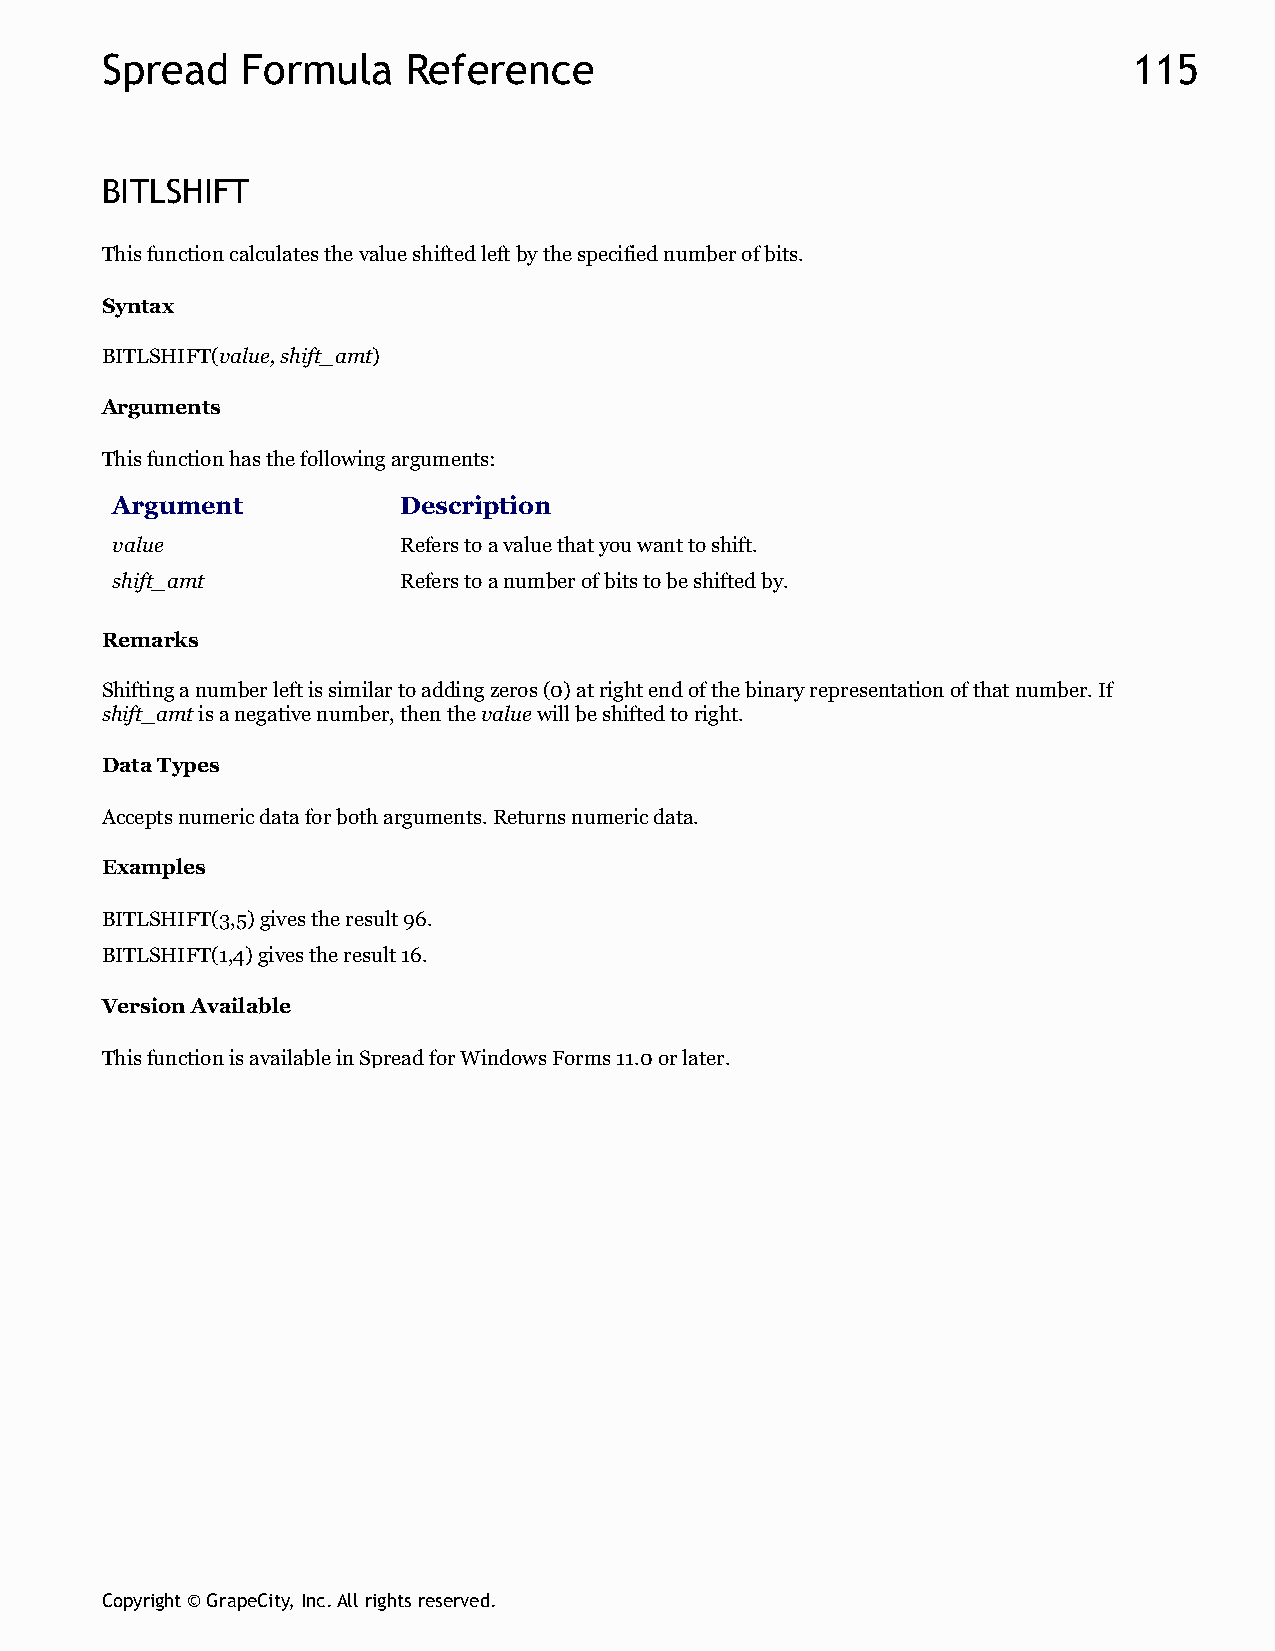
Spread   Formula    Reference                                       115
 BITLSHIFT
 This function calculates the value shifted left by the specified number of bits.
 Syntax
 BITLSHIFT(value, shift_amt)
 Arguments
 This function has the following arguments:
 Argument           Description
 value              Refers to a value that you want to shift.
 shift_amt          Refers to a number of bits to be shifted by.
 Remarks
 Shifting a number left is similar to adding zeros (0) at right end of the binary representation of that number. If
 shift_amt is a negative number, then the value will be shifted to right.
 Data Types
 Accepts numeric data for both arguments. Returns numeric data.
 Examples
 BITLSHIFT(3,5) gives the result 96.
 BITLSHIFT(1,4) gives the result 16.
 Version Available
 This function is available in Spread for Windows Forms 11.0 or later.
 Copyright © GrapeCity, Inc. All rights reserved.